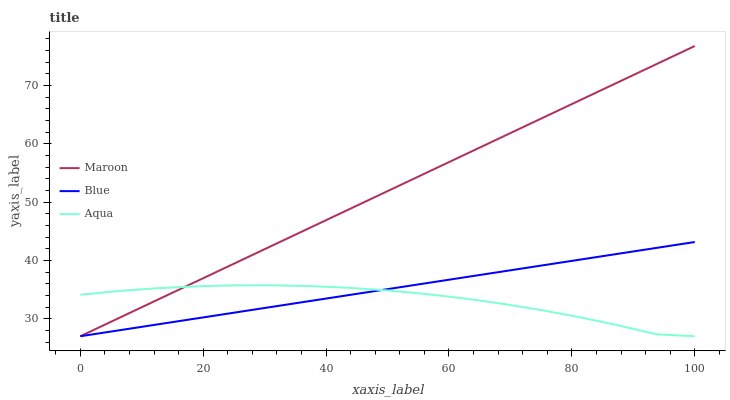
| xaxis_label | Maroon | Blue | Aqua |
 | --- | --- | --- | --- |
 | 0 | 27 | 27 | 34.1 |
 | 6.25 | 30.1 | 28 | 34.8 |
 | 12.5 | 33.2 | 29 | 35.2 |
 | 18.8 | 36.3 | 30 | 35.6 |
 | 25 | 39.4 | 31 | 35.7 |
 | 31.2 | 42.5 | 32 | 35.7 |
 | 37.5 | 45.7 | 33.1 | 35.6 |
 | 43.8 | 48.8 | 34.1 | 35.3 |
 | 50 | 51.9 | 35.1 | 34.9 |
 | 56.2 | 55 | 36.1 | 34.2 |
 | 62.5 | 58.1 | 37.1 | 33.5 |
 | 68.8 | 61.2 | 38.1 | 32.6 |
 | 75 | 64.3 | 39.1 | 31.5 |
 | 81.2 | 67.4 | 40.1 | 30.3 |
 | 87.5 | 70.5 | 41.1 | 28.9 |
 | 93.8 | 73.6 | 42.1 | 27.3 |
 | 100 | 76.8 | 43.2 | 27 |